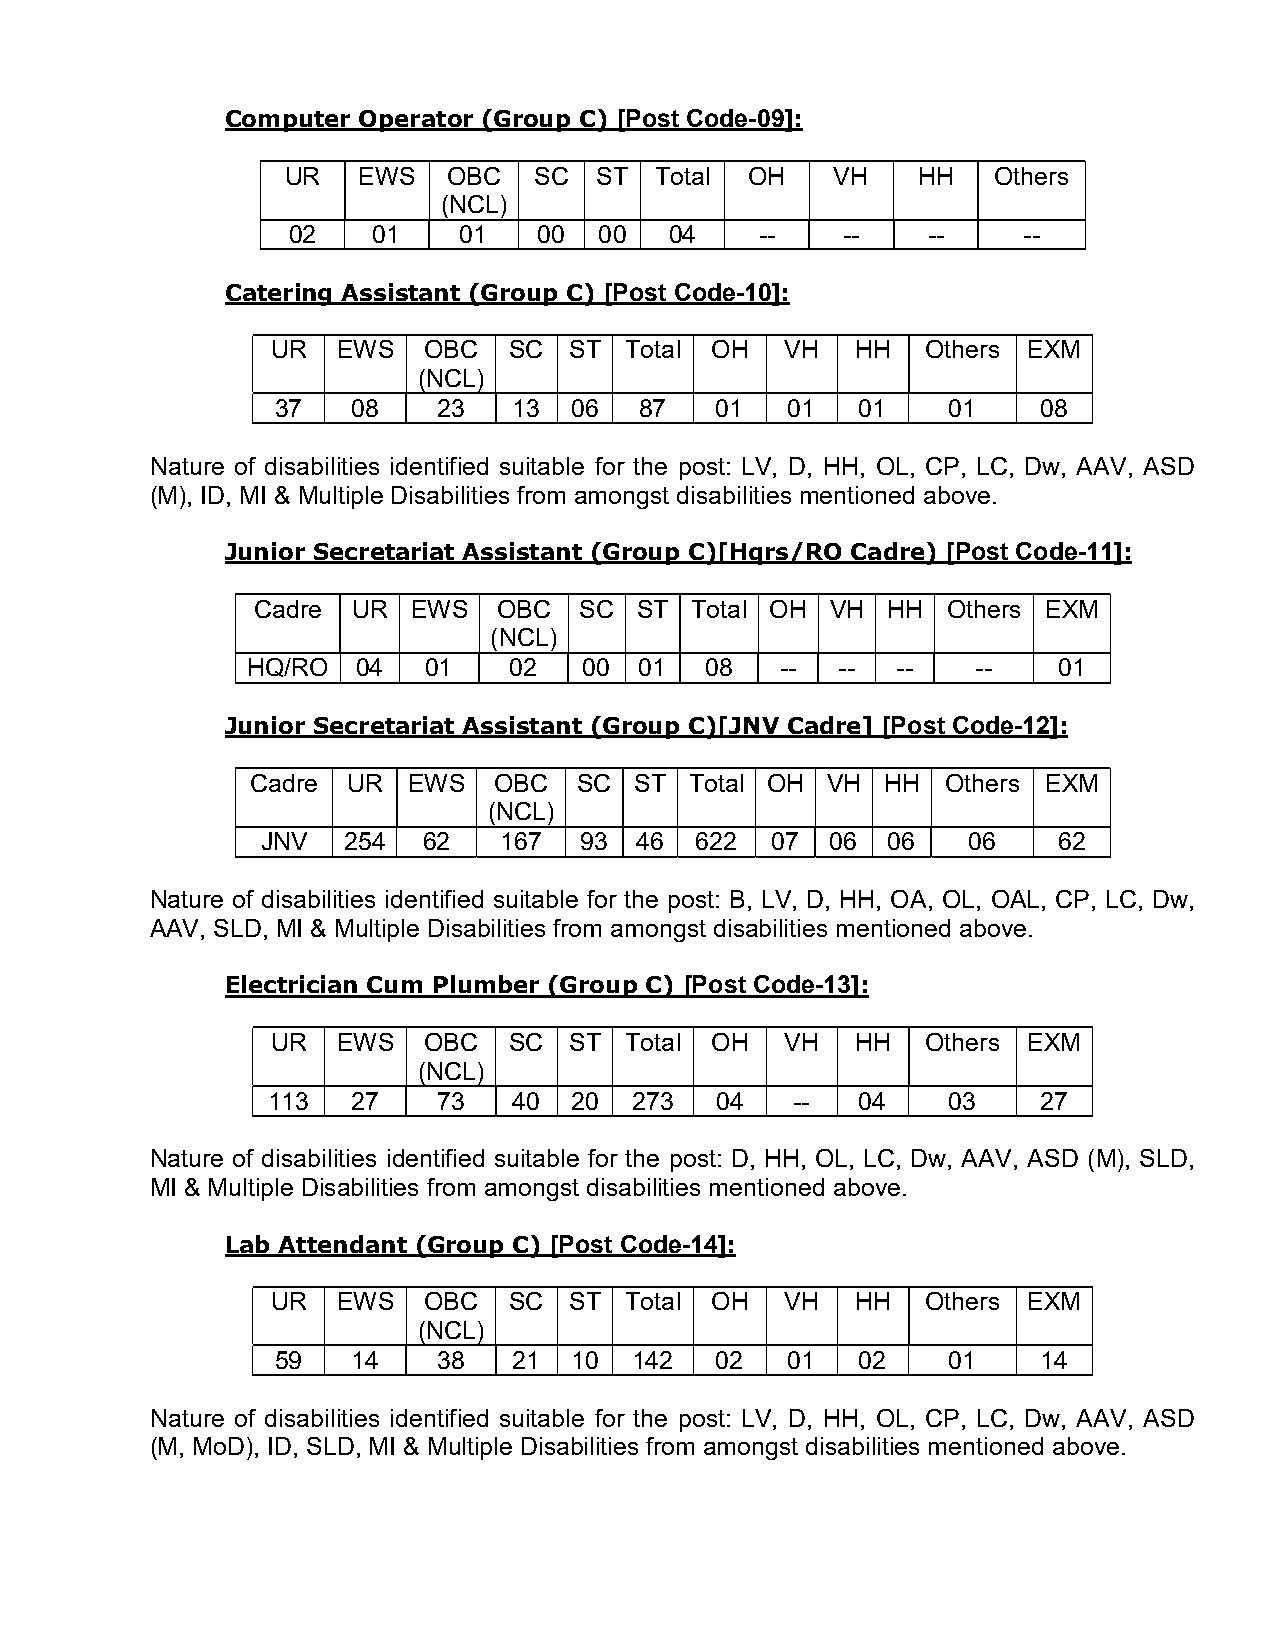
Computer Operator (Group C) [Post Code-09] :
 UR   EWS   OBC  SC  ST  Total OH  VH    HH   Others
 (NCL)
 02    01   01    00  00  04    --    --   --     --
 Catering Assistant (Group C) [Post Code-10] :
 UR  EWS   OBC   SC  ST Total OH   VH   HH  Others EXM
 (NCL)
 37   08    23   13  06  87   01   01   01    01    08
 Nature of disabilities identified suitable for the post: LV, D, HH, OL, CP, LC, Dw, AAV, ASD
 (M), ID, MI & Multiple Disabilities from amongst disabilities mentioned above.
 Junior Secretariat Assistant (Group C)[Hqrs/RO Cadre) [Post Code-11] :
 Cadre UR  EWS   OBC  SC  ST  Total OH VH  HH  Others EXM
 (NCL)
 HQ/RO   04  01    02   00 01   08   --  -- --    --   01
 Junior Secretariat Assistant (Group C)[JNV Cadre] [Post Code-12] :
 Cadre UR  EWS   OBC  SC  ST  Total OH VH  HH  Others EXM
 (NCL)
 JNV   254  62   167  93  46  622  07  06  06   06    62
 Nature of disabilities identified suitable for the post: B, LV, D, HH, OA, OL, OAL, CP, LC, Dw,
 AAV, SLD, MI & Multiple Disabilities from amongst disabilities mentioned above.
 Electrician Cum Plumber (Group C) [Post Code-13] :
 UR  EWS   OBC   SC  ST Total OH   VH   HH  Others EXM
 (NCL)
 113  27    73   40  20  273  04    --  04    03    27
 Nature of disabilities identified suitable for the post: D, HH, OL, LC, Dw, AAV, ASD (M), SLD,
 MI & Multiple Disabilities from amongst disabilities mentioned above.
 Lab Attendant (Group C) [Post Code-14] :
 UR  EWS   OBC   SC  ST Total OH   VH   HH  Others EXM
 (NCL)
 59   14    38   21  10  142  02   01   02    01    14
 Nature of disabilities identified suitable for the post: LV, D, HH, OL, CP, LC, Dw, AAV, ASD
 (M, MoD), ID, SLD, MI & Multiple Disabilities from amongst disabilities mentioned above.